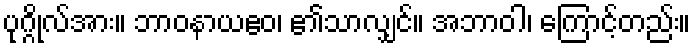
ပုဂ္ဂိုလ်အား။ ဘာဝနာယဧဝ၊ ၏သာလျှင်။ အဘာဝါ၊ ကြောင့်တည်း။